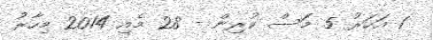
1 އަހަރު 5 މަސް ކުރިން - 28 މެއި 2014 މިހާރު